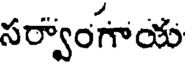
సర్వాంగాయ